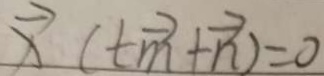
\overrightarrow { x } ( t \overrightarrow { m } + \overrightarrow { n } ) = 0